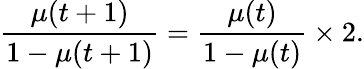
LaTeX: \frac{\mu(t+1)}{1-\mu(t+1)}=\frac{\mu(t)}{1-\mu(t)}\times 2.